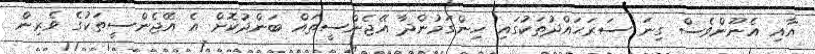
އާއި އެނޫންވެސް ގިނަ ސަރަޙައްދުތަކުގައި ހިންގަމުންދާ އޭޖެންސީތައް ބަންދުކޮށް އެ އޭޖެންސީތަކުގެ ވެރިން